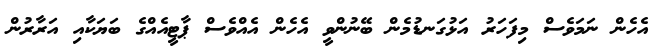
އެހެން ނަމަވެސް މިފަހަރު އަޅުގަނޑުމެން ބޭނުންވީ އެހެން އެއްވެސް ޕާޓީއެއްގެ ބަޔަކާއި އަރާރުން